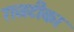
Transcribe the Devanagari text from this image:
राजटीका